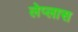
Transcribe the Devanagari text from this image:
लेप्लास